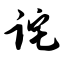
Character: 诧